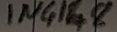
Text: IN4148